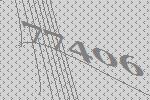
77406